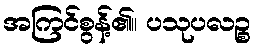
အကြင်စွန့်၏။ ပသုပလဉ္စ